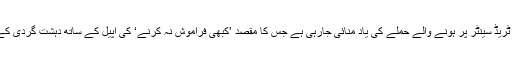
امریکا میں آج 11 ستمبر 2011 کو نیویارک کے ورلڈ ٹریڈ سینٹر پر ہونے والے حملے کی یاد منائی جارہی ہے جس کا مقصد ’کبھی فراموش نہ کرنے‘ کی اپیل کے ساتھ دہشت گردی کے حملوں کی تعداد میں اضافے کی طرف توجہ دلانا ہے۔